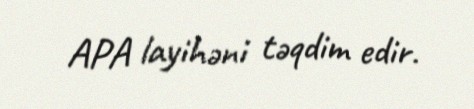
APA layihəni təqdim edir.